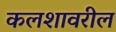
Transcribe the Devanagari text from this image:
कलशावरील